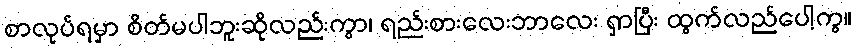
စာလုပ်ရမှာ စိတ်မပါဘူးဆိုလည်းကွာ၊ ရည်းစားလေးဘာလေး ရှာပြီး ထွက်လည်ပေါ့ကွ။